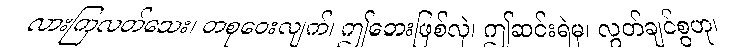
လားကြလတ်သေး၊ တစုဝေးလျက်၊ ဤဘေးဖြစ်လှဲ၊ ဤဆင်းရဲမှ၊ လွတ်ချင်စွဟု၊